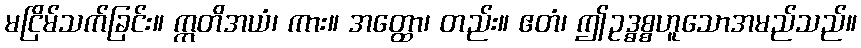
မငြိမ်သက်ခြင်း။ ဣတိအယံ၊ ကား။ အတ္ထော၊ တည်း။ ဧတံ၊ ဤဥဒ္ဓစ္စဟူသောအမည်သည်။